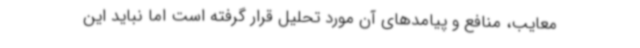
معایب، منافع و پیامدهای آن مورد تحلیل قرار گرفته است اما نباید این